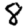
Digit: 8